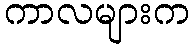
ကာလများက